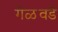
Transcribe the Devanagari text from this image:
गेळवडे